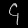
Digit: ၄